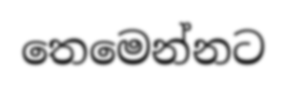
තෙමෙන්නට